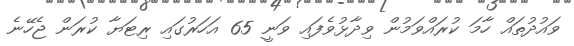
ވައުދުތައް ހާމަ ކުރައްވަމުން ވިދާޅުވެފައި ވަނީ 65 އަހަރުގައި ރިޓަޔާ ކުރަން ޖެހޭނެ